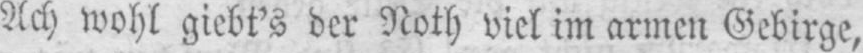
Ach wohl giebt’s der Noth viel im armen Gebirge,